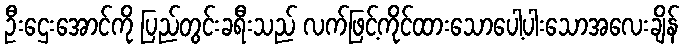
ဦးဌေးအောင်ကို ပြည်တွင်းခရီးသည် လက်ဖြင့်ကိုင်ထားသောပေါ့ပါးသောအလေးချိန်